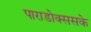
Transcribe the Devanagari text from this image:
पाराडोक्ससके